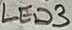
Text: LED3